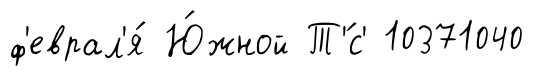
ф'еврал'я́ Ю́жной Т'́с' 10371040